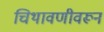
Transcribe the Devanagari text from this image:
चिथावणीवरून